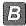
B|